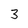
Character: 3